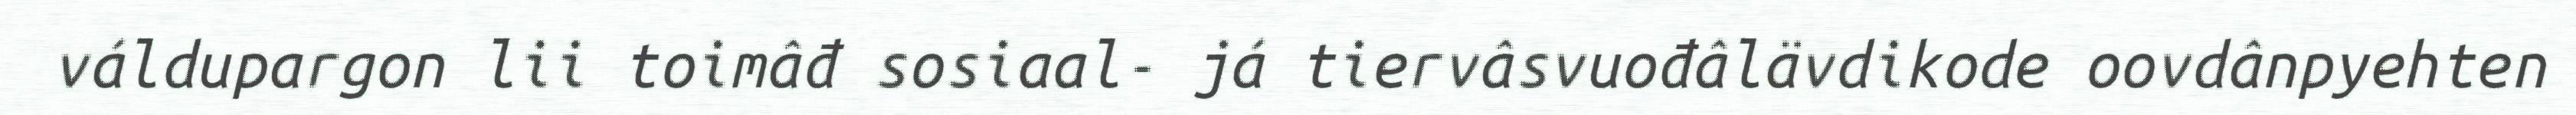
váldupargon lii toimâđ sosiaal- já tiervâsvuođâlävdikode oovdânpyehten